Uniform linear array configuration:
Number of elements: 24
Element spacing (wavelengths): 0.5
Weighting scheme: blackman
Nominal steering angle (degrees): -15
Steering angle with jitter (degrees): -13.536
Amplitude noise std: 0.05
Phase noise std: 0.05

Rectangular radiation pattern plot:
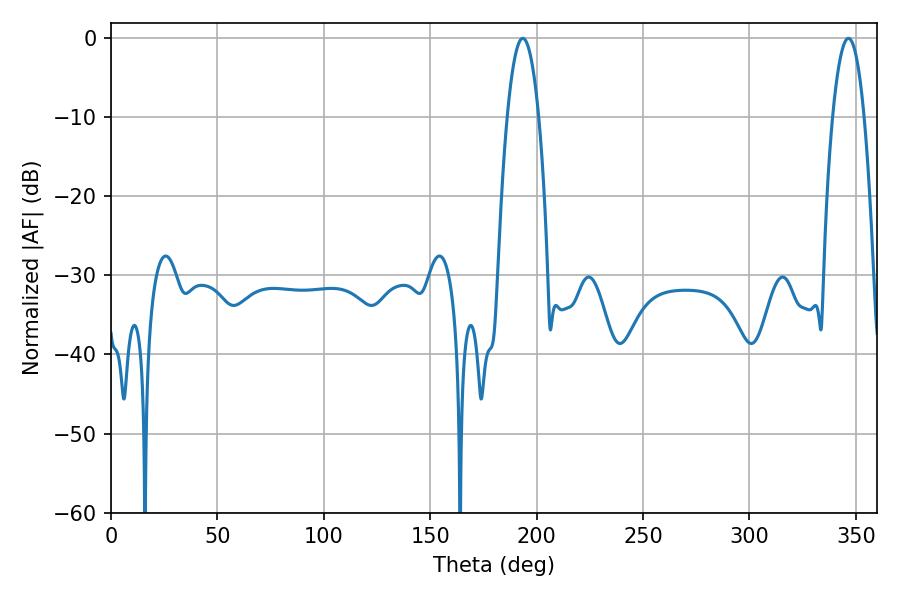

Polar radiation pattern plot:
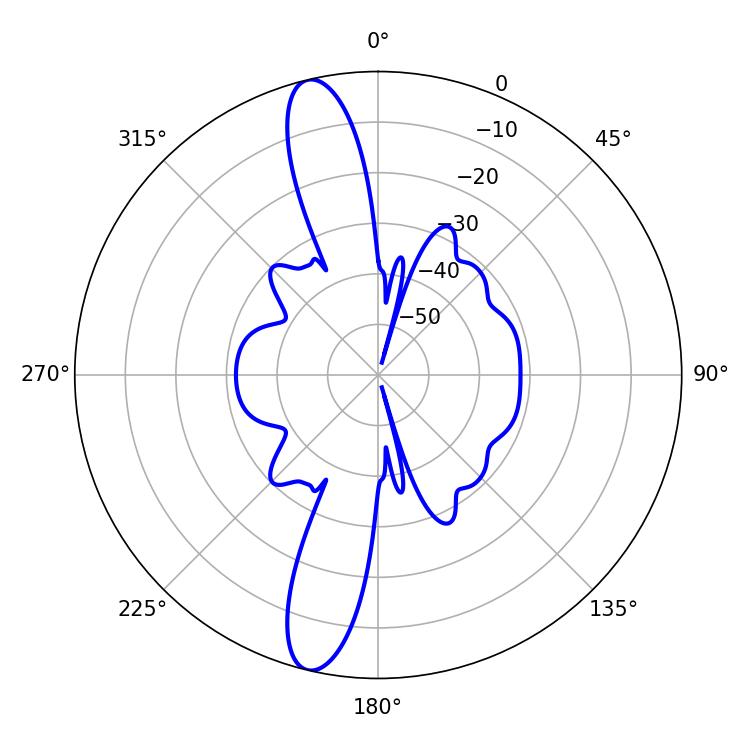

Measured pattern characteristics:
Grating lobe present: FALSE
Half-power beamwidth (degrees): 8.28
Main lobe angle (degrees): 193.5